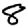
Digit: 8